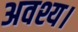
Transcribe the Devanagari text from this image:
अवश्य।